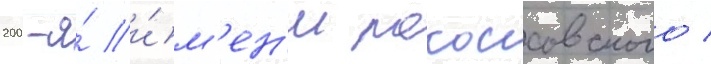
200-я́ и́м'ен'и рокоссовского /